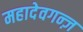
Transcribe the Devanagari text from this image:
महादेवगन्ज़